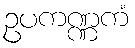
ဥပကဏ္ဏကံ